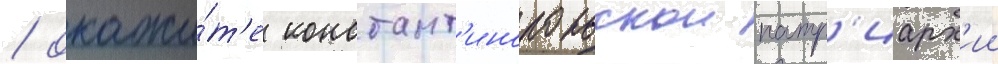
/ окажи́т'е констант'инопольскои патр'иарх'ии